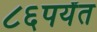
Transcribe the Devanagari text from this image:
८६पर्यंत